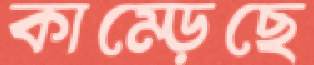
কাম্‌ড়েছে